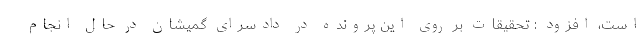
است، افزود : تحقیقات بر روی این پرونده در دادسرای گمیشان در حال انجام